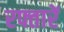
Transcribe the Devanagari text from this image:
रफ्तारें